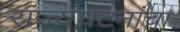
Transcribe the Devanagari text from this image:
राज्यघटनांचा